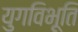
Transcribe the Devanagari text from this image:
युगविभूति